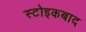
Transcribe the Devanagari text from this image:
स्टोइकबाद